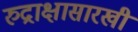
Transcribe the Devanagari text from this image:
रुद्राक्षासारखी